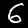
Label: 6